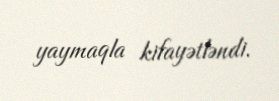
yaymaqla kifayətləndi.